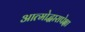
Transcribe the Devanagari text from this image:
आत्मोद्धारापेक्षा